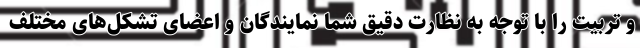
و تربیت را با توجه به نظارت دقیق شما نمایندگان و اعضای تشکل‌های مختلف